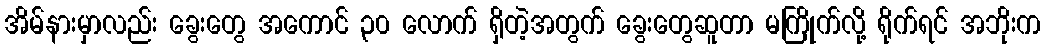
အိမ်နားမှာလည်း ခွေးတွေ အကောင် ၃၀ လောက် ရှိတဲ့အတွက် ခွေးတွေဆူတာ မကြိုက်လို့ ရိုက်ရင် အဘိုးက